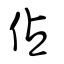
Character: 佔